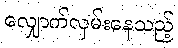
လျှောက်လှမ်းနေသည့်